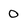
Character: 0